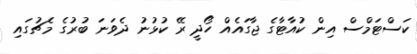
ކަސްޓަމްސް އިން ކުއާޓާގެ ޖާގައެއް ހޯދީ ރޭ ކުޅުނު ދެވަނަ ބުރުގެ މެޗުގައި